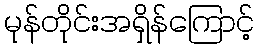
မုန်တိုင်းအရှိန်ကြောင့်